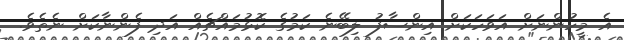
އެ މީހުންނަށް އަވަހަކަށް އިންސާފު ލިބޭނެ ކަމުގެ ކޮޅުމައްޗެއް އަދި ފެންނާކަށް ނެެތެވެ.